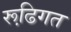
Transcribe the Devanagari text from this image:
रूढि़गत